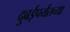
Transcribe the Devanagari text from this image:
दुबईपर्यंतच्या